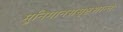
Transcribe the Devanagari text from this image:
मुनिमानससृष्टशान्तेः